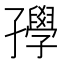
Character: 𡦰